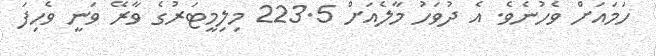
ހަމައަށް ވެހުނެވެ. އެ ދުވަހު މާލެއަށް 223.5 މިލިމީޓަރުގެ ވާރޭ ވަނީ ވެހިފަ